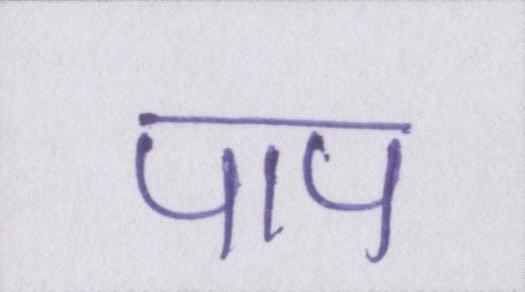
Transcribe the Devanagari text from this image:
पाप